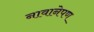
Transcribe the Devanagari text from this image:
नावानेपण